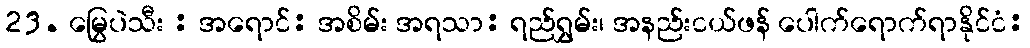
23. မြွေပဲသီး : အရောင်: အစိမ်း အရသာ: ရည်ရွှမ်း၊ အနည်းငယ်ဖန် ပေါက်ရောက်ရာနိုင်ငံ: